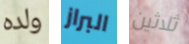
ولده البراز ثلاثين